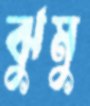
ঝুমু